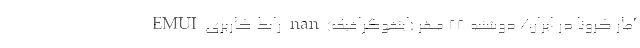
آمار کرونا در ایران/ دوشنبه 28 مهر (اینفوگرافیک) nan رابط کاربری EMUI